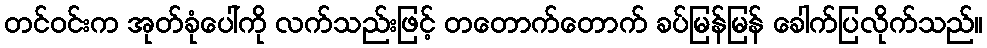
တင်ဝင်းက အုတ်ခုံပေါ်ကို လက်သည်းဖြင့် တတောက်တောက် ခပ်မြန်မြန် ခေါက်ပြလိုက်သည်။